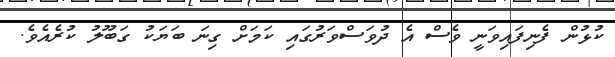
ކުޅުން ފެނިފައިވަނީ ވެސް އެ ދުވަސްވަރުގައި ކަމަށް ގިނަ ބަޔަކު ގަބޫލު ކުރެއެވެ.